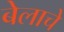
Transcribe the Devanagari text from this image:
बेलाचे